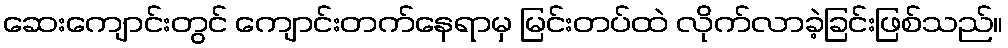
ဆေးကျောင်းတွင် ကျောင်းတက်နေရာမှ မြင်းတပ်ထဲ လိုက်လာခဲ့ခြင်းဖြစ်သည်။